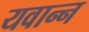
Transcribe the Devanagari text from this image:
यवान्न